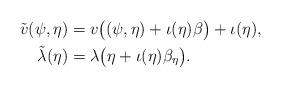
LaTeX: \begin{align*} \tilde v(\psi,\eta) & = v\big((\psi,\eta) + \iota(\eta) \beta\big) + \iota(\eta),\\ \tilde \lambda(\eta) &= \lambda \big(\eta + \iota(\eta)\beta_\eta\big). \end{align*}